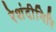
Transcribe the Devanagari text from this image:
रेशंदीगिरि